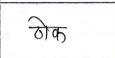
मजकूर: ठोक